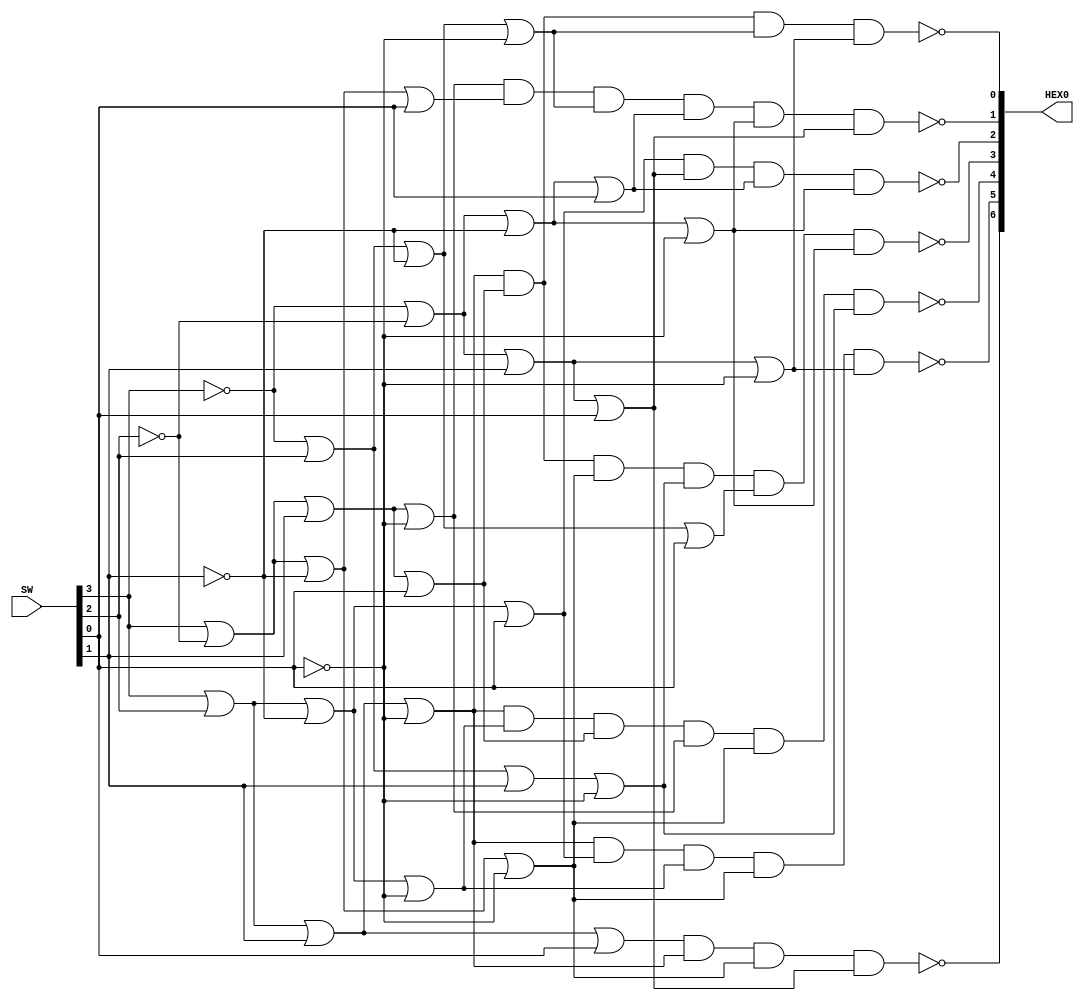
module Main(SW, HEX0);

	input [9:0] SW;
	output [6:0] HEX0;
	
	
	assign HEX0[0] = ~((SW[3]|SW[2]|SW[1]|~SW[0])
							&(SW[3]|~SW[2]|SW[1]|SW[0])
							&(~SW[3]|SW[2]|~SW[1]|~SW[0])
							&(~SW[3]|~SW[2]|SW[1]|~SW[0]));
	
	assign HEX0[1] = ~((SW[3]|~SW[2]|SW[1]|~SW[0])
							&(SW[3]|~SW[2]|~SW[1]|SW[0])
							&(~SW[3]|SW[2]|~SW[1]|~SW[0])
							&(~SW[3]|~SW[2]|~SW[1]|SW[0])
							&(~SW[3]|~SW[2]|~SW[1]|~SW[0])
							&(~SW[3]|~SW[2]|SW[1]|SW[0]));
	
	assign HEX0[2] = ~((SW[3]|SW[2]|~SW[1]|SW[0])
							&(~SW[3]|~SW[2]|SW[1]|SW[0])
							&(~SW[3]|~SW[2]|~SW[1]|SW[0])
							&(~SW[3]|~SW[2]|~SW[1]|~SW[0]));
	
	assign HEX0[3] = ~((SW[3]|SW[2]|SW[1]|~SW[0])
							&(SW[3]|~SW[2]|SW[1]|SW[0])
							&(SW[3]|~SW[2]|~SW[1]|~SW[0])
							&(~SW[3]|SW[2]|SW[1]|~SW[0])
							&(~SW[3]|SW[2]|~SW[1]|SW[0])
							&(~SW[3]|~SW[2]|~SW[1]|~SW[0]));
							
	assign HEX0[4] = ~((SW[3]|SW[2]|SW[1]|~SW[0])
							&(SW[3]|SW[2]|~SW[1]|~SW[0])
							&(SW[3]|~SW[2]|SW[1]|SW[0])
							&(SW[3]|~SW[2]|SW[1]|~SW[0])
							&(SW[3]|~SW[2]|~SW[1]|~SW[0])
							&(~SW[3]|SW[2]|SW[1]|~SW[0]));
							
	assign HEX0[5] = ~((SW[3]|SW[2]|SW[1]|~SW[0])
							&(SW[3]|SW[2]|~SW[1]|SW[0])
							&(SW[3]|SW[2]|~SW[1]|~SW[0])
							&(SW[3]|~SW[2]|~SW[1]|~SW[0])
							&(~SW[3]|~SW[2]|SW[1]|~SW[0]));
							
	assign HEX0[6] = ~((SW[3]|SW[2]|SW[1]|SW[0])
							&(SW[3]|SW[2]|SW[1]|~SW[0])
							&(SW[3]|~SW[2]|~SW[1]|~SW[0])
							&(~SW[3]|~SW[2]|SW[1]|SW[0]));
	
endmodule